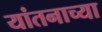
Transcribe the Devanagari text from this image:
यांतनाच्या